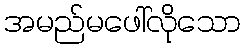
အမည်မဖေါ်လိုသော